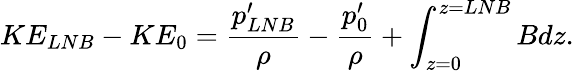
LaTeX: KE_{LNB}-KE_{0}=\frac{p_{LNB}^{\prime}}{\rho}-\frac{p_{0}^{\prime}}{\rho}+\int_{z=0}^{z=LNB}Bdz.